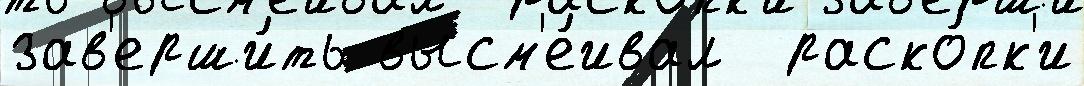
зав'ерши́ть высм'е́ивал  раско́пк'и